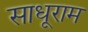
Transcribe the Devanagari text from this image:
साधूराम